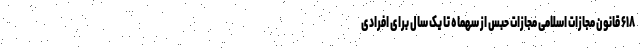
۶۱۸ قانون مجازات اسلامی مجازات حبس از سهماه تا یک سال برای افرادی